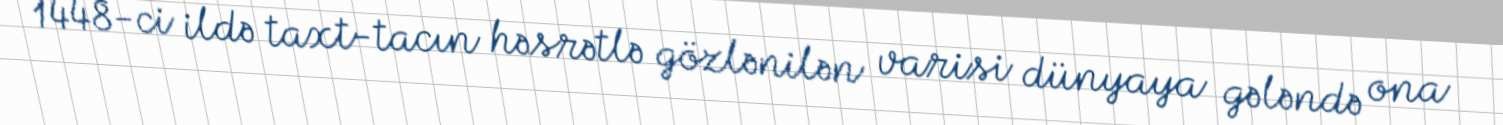
1448-ci ildə taxt-tacın həsrətlə gözlənilən varisi dünyaya gələndə ona